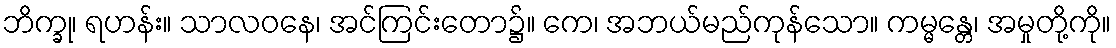
ဘိက္ခု၊ ရဟန်း။ သာလဝနေ၊ အင်ကြင်းတော၌။ ကေ၊ အဘယ်မည်ကုန်သော။ ကမ္မန္တေ၊ အမှုတို့ကို။